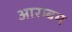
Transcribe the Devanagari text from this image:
आरम्बम